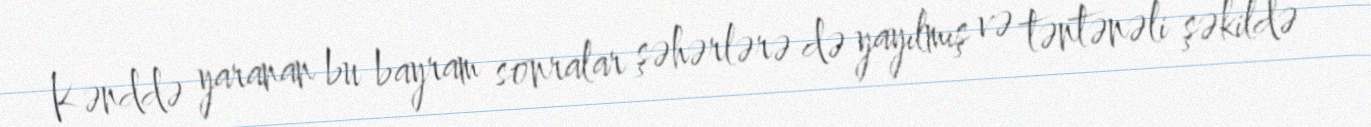
Kənddə yaranan bu bayram sonralar şəhərlərə də yayılmış və təntənəli şəkildə